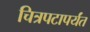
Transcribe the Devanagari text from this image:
चित्रपटापर्यंत